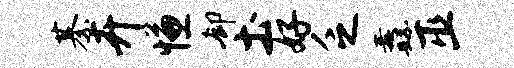
綦卉慊却土好乏纛巫